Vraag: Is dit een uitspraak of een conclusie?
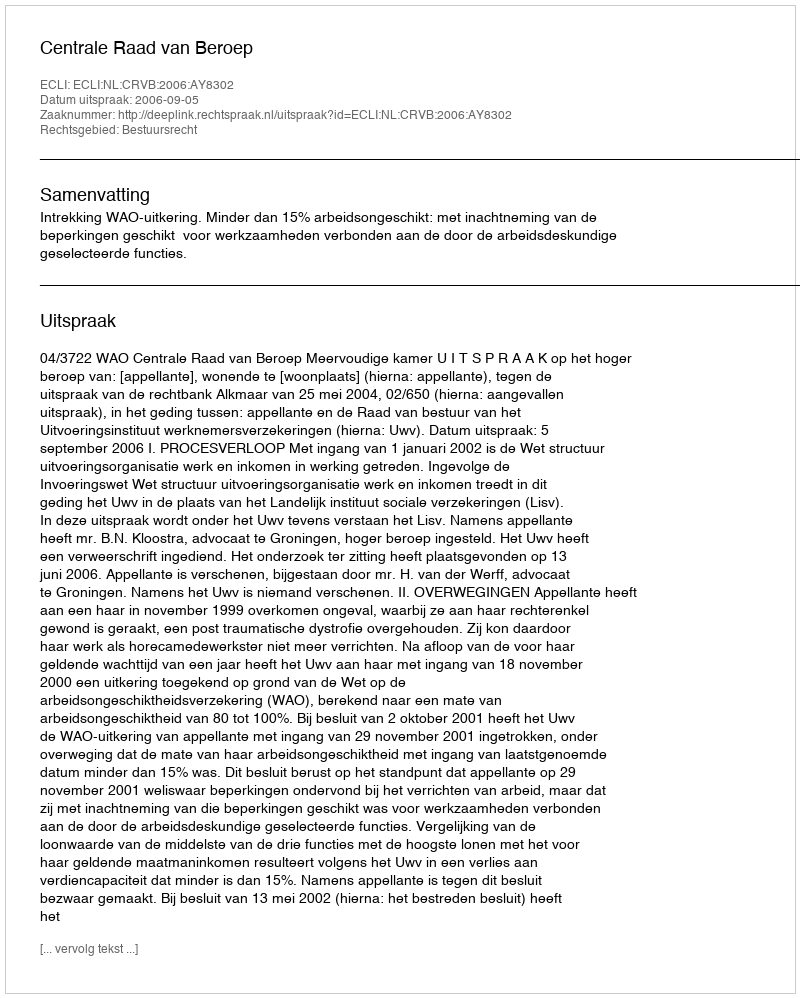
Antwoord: Uitspraak